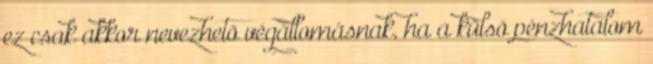
ez csak akkor nevezhetõ végállomásnak, ha a külsõ pénzhatalom